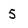
Character: 5